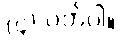
(၄) ဝတ်ပါ။